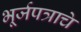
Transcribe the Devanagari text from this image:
भूर्जपत्राचे